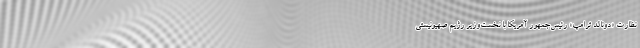
نظارت «دونالد ترامپ» رئیس‌جمهور آمریکا با نخست‌وزیر رژیم صهیونیستی